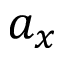
a _ { x }